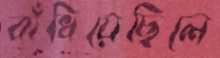
বাঁধিয়েছিলে